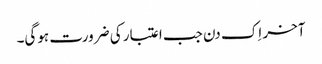
آخر اِک دن جب اعتبار کی ضرورت ہوگی۔